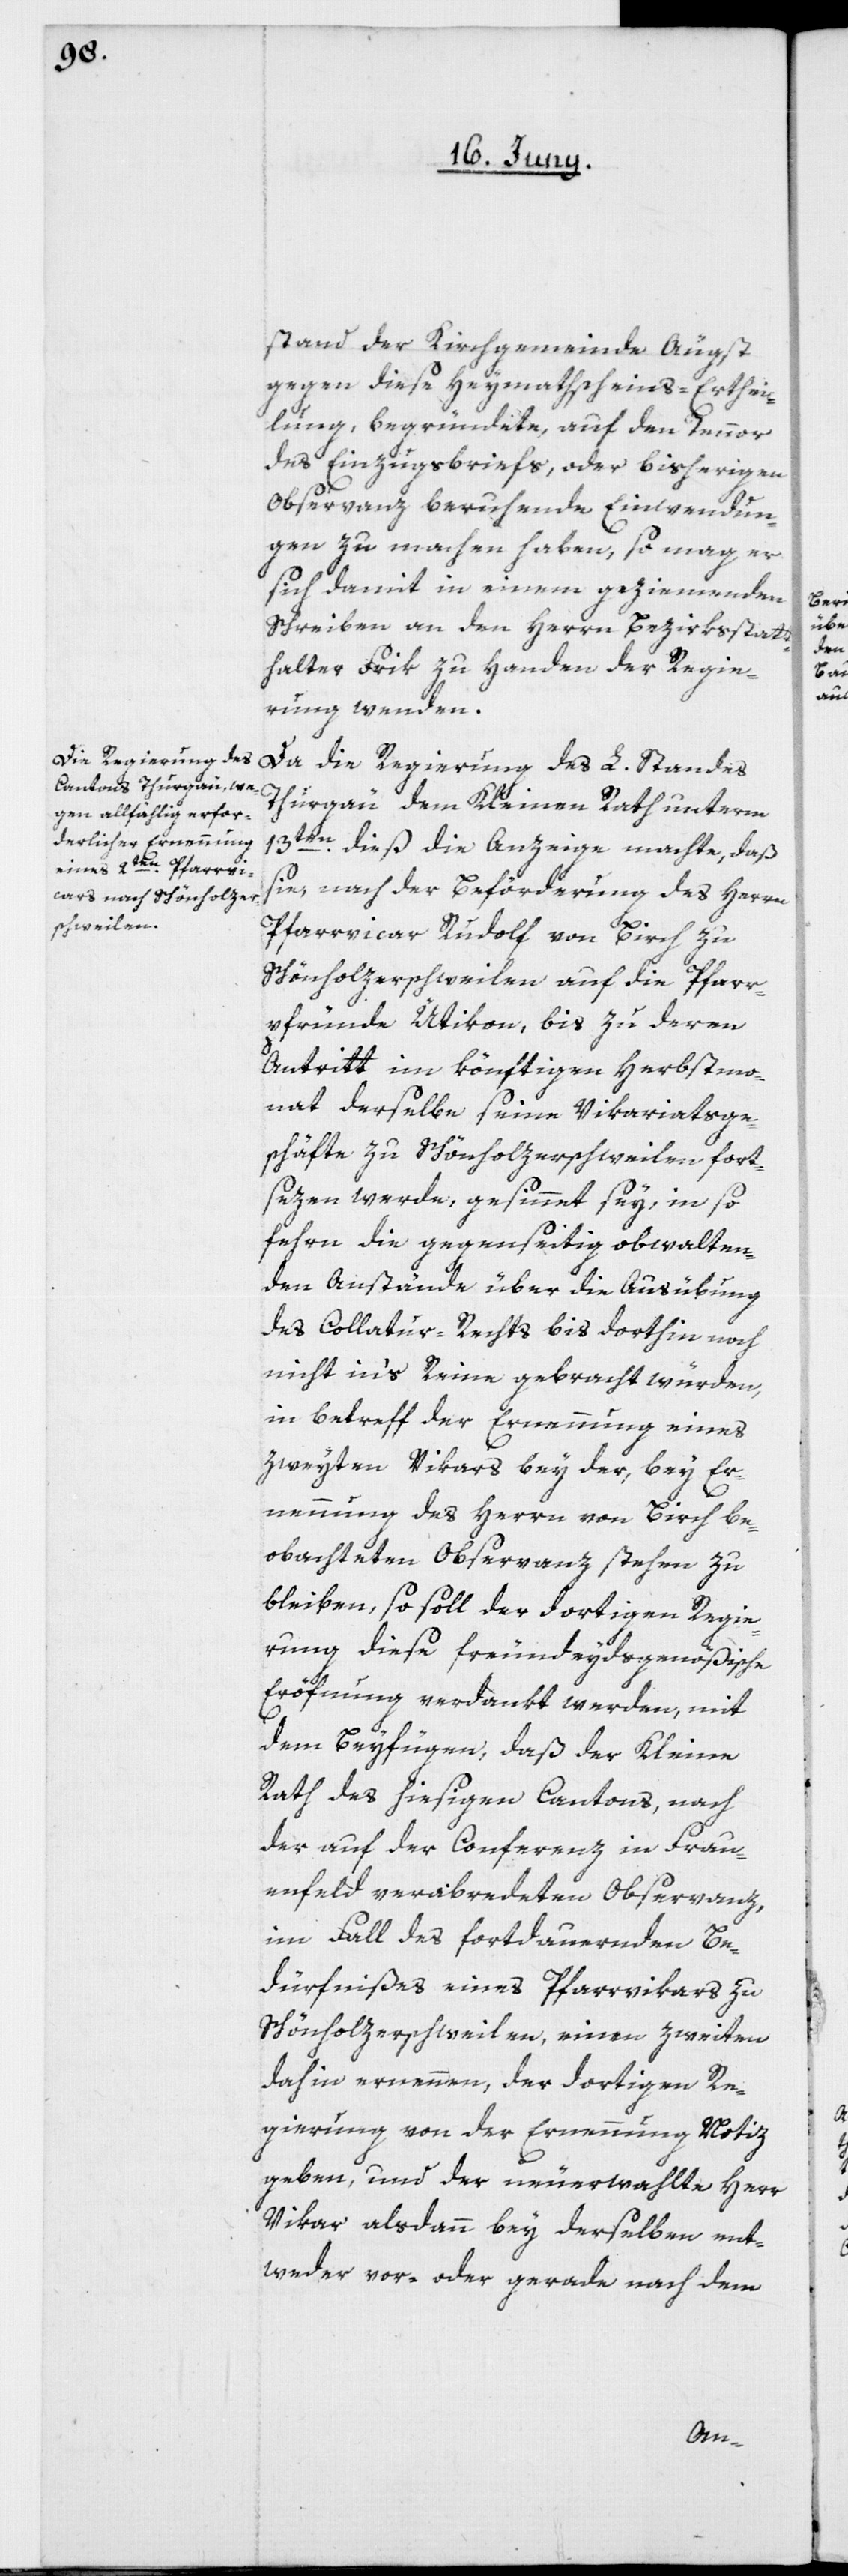
stand der Kirchgemeinde Äugst
gegen diese Heymathscheins-Erthei¬
lung begründete, auf den Tennor
des Einzugsbriefs, oder bisherigen
Observanz beruhende Einwendun¬
gen zu machen haben, so mag er
sich damit in einem geziemenden
Schreiben an den Herrn Bezirksstatt¬
halter Frik zu Handen der Regie¬
rung wenden.
Da die Regierung des L. Standes
Thurgau dem Kleinen Rath unterm
13ten dieß die Anzeige machte, daß
sie, nach der Beförderung des Herrn
Pfarrvikar Rudolf von Birch zu
Schönholzerschweilen auf die Pfarr¬
pfründe Ütikon, bis zu deren
Antritt im könftigen Herbstmo¬
nat, derselbe seine Vikariatsge¬
schäfte zu Schönholzerschweilen fort¬
sezen werde, gesinnet sey, in so
fehrn die gegenseitig obwalten¬
den Anstände über die Ausübung
des Collatur-Rechts bis dorthin noch
nicht in’s Reine gebracht würden,
in betreff der Ernennung eines
zweyten Vikars bey der, bey Er¬
nennung des Herrn von Birch be¬
obachteten Observanz stehen zu
bleiben, so soll der dortigen Regie¬
rung diese freundeydsgenößische
Eröfnung verdankt werden, mit
dem Beyfügen, daß der Kleine
Rath des hiesigen Cantons, nach
der auf der Conferenz in Frau¬
enfeld verabredeten Observanz,
im Fall des fortdauernden Be¬
dürfnißes eines Pfarrvikars zu
Schönholzerschweilen, einen zweiten
dahin ernennen, der dortigen Re¬
gierung von der Ernennung Notiz
geben, und der neuerwählte Herr
Vikar alsdann bey derselben ent¬
weder vor- oder gerade nach dem